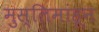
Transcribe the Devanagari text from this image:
मुस्लिमांहून